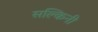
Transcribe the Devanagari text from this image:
सल्किनी